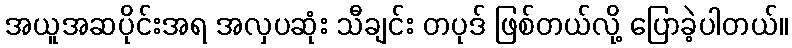
အယူအဆပိုင်းအရ အလှပဆုံး သီချင်း တပုဒ် ဖြစ်တယ်လို့ ပြောခဲ့ပါတယ်။